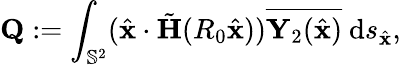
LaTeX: \mathbf{Q}:=\int_{\mathbb{S}^{2}}(\hat{\mathbf{x}}\cdot\tilde{\mathbf H}(R_{0}\hat{\mathbf{x}}))\overline{{\mathbf{Y}_{2}(\hat{\mathbf{x}})}}~\mathrm{d}s_{\hat{\mathbf{x}}},